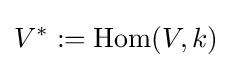
V^{*}:=\operatorname {Hom} (V,k)